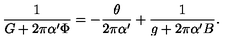
\frac { 1 } { G + 2 \pi { \alpha ^ { \prime } } \Phi } = - \frac { \theta } { 2 \pi { \alpha ^ { \prime } } } + \frac { 1 } { g + 2 \pi { \alpha ^ { \prime } } B } .